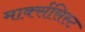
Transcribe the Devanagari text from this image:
मार्क्‍ससिस्‍ट